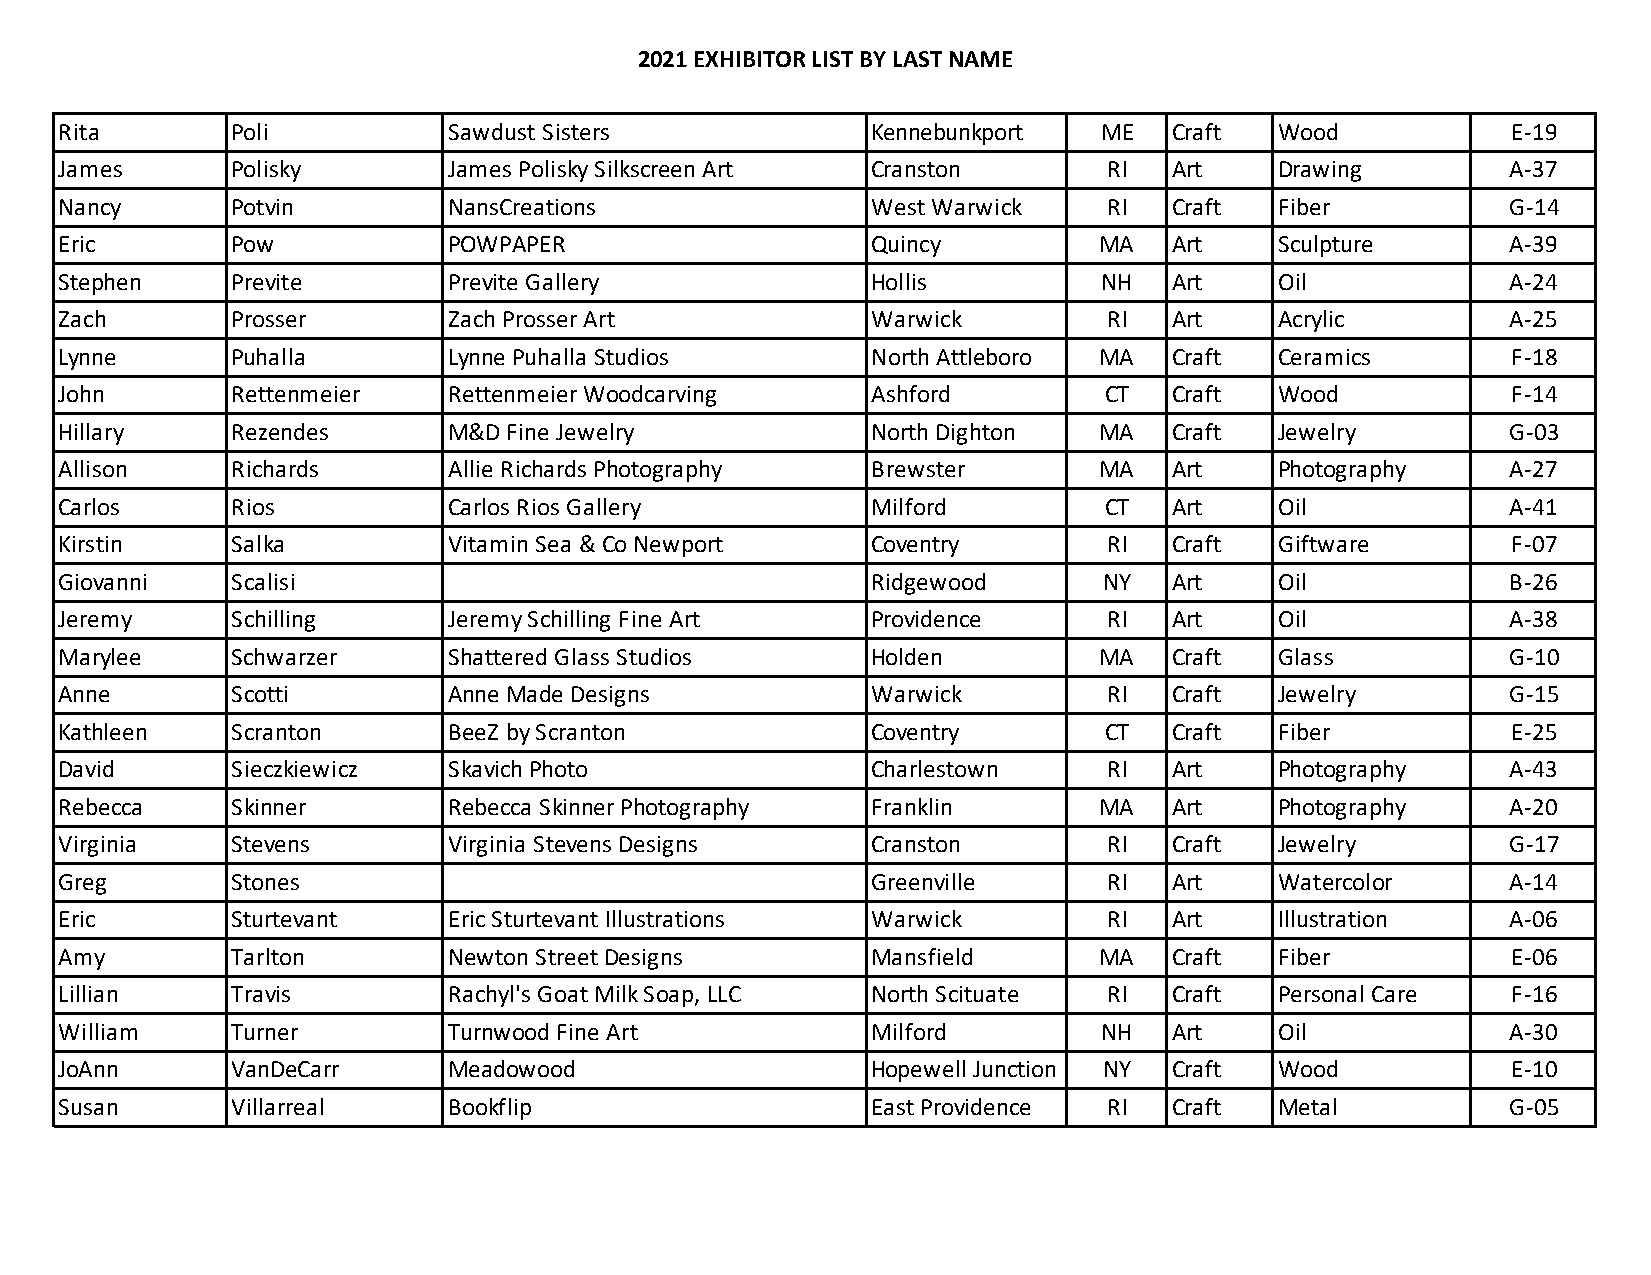
2021 EXHIBITOR LIST BY LAST NAME
 Rita       Poli           Sawdust Sisters             Kennebunkport  ME   Craft  Wood           E-19
 James      Polisky        James Polisky Silkscreen Art Cranston      RI   Art    Drawing        A-37
 Nancy      Potvin         NansCreations               West Warwick   RI   Craft  Fiber          G-14
 Eric       Pow            POWPAPER                    Quincy         MA   Art    Sculpture      A-39
 Stephen    Previte        Previte Gallery             Hollis         NH   Art    Oil            A-24
 Zach       Prosser        Zach Prosser Art            Warwick        RI   Art    Acrylic        A-25
 Lynne      Puhalla        Lynne Puhalla Studios       North Attleboro MA  Craft  Ceramics       F-18
 John       Rettenmeier    Rettenmeier Woodcarving     Ashford        CT   Craft  Wood           F-14
 Hillary    Rezendes       M&D Fine Jewelry            North Dighton  MA   Craft  Jewelry        G-03
 Allison    Richards       Allie Richards Photography  Brewster       MA   Art    Photography    A-27
 Carlos     Rios           Carlos Rios Gallery         Milford        CT   Art    Oil            A-41
 Kirstin    Salka          Vitamin Sea & Co Newport    Coventry       RI   Craft  Giftware       F-07
 Giovanni   Scalisi                                    Ridgewood      NY   Art    Oil            B-26
 Jeremy     Schilling      Jeremy Schilling Fine Art   Providence     RI   Art    Oil            A-38
 Marylee    Schwarzer      Shattered Glass Studios     Holden         MA   Craft  Glass          G-10
 Anne       Scotti         Anne Made Designs           Warwick        RI   Craft  Jewelry        G-15
 Kathleen   Scranton       BeeZ by Scranton            Coventry       CT   Craft  Fiber          E-25
 David      Sieczkiewicz   Skavich Photo               Charlestown    RI   Art    Photography    A-43
 Rebecca    Skinner        Rebecca Skinner Photography Franklin       MA   Art    Photography    A-20
 Virginia   Stevens        Virginia Stevens Designs    Cranston       RI   Craft  Jewelry        G-17
 Greg       Stones                                     Greenville     RI   Art    Watercolor     A-14
 Eric       Sturtevant     Eric Sturtevant Illustrations Warwick      RI   Art    Illustration   A-06
 Amy        Tarlton        Newton Street Designs       Mansfield      MA   Craft  Fiber          E-06
 Lillian    Travis         Rachyl's Goat Milk Soap, LLC North Scituate RI  Craft  Personal Care  F-16
 William    Turner         Turnwood Fine Art           Milford        NH   Art    Oil            A-30
 JoAnn      VanDeCarr      Meadowood                   Hopewell Junction NY Craft Wood           E-10
 Susan      Villarreal     Bookflip                    East Providence RI  Craft  Metal          G-05